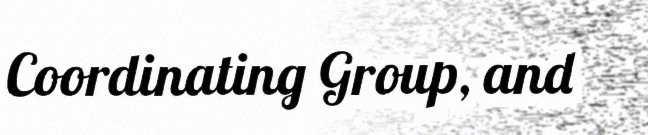
Coordinating Group, and